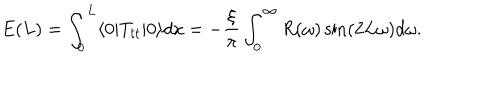
E ( L ) = \int _ { 0 } ^ { L } \langle 0 | T _ { t t } | 0 \rangle d x = - { \frac { \xi } { \pi } } \int _ { 0 } ^ { \infty } R ( \omega ) \sin ( 2 L \omega ) d \omega .